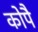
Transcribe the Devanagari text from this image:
कोपै